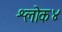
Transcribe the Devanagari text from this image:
श्लोक४